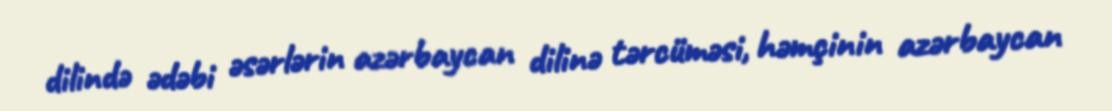
dilində ədəbi əsərlərin azərbaycan dilinə tərcüməsi, həmçinin azərbaycan